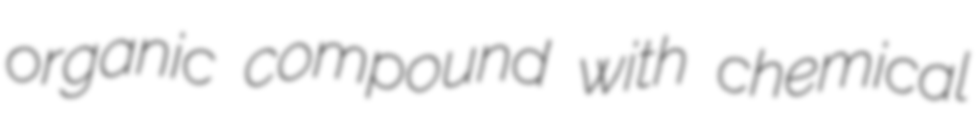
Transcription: organic compound with chemical